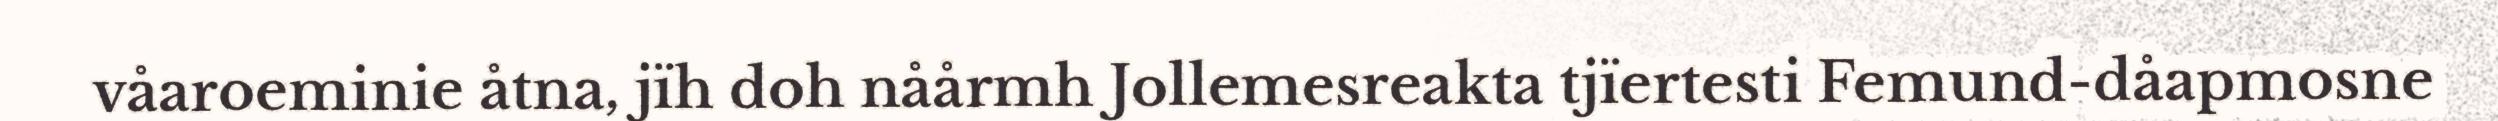
våaroeminie åtna, jïh doh nåårmh Jollemesreakta tjïertesti Femund-dåapmosne